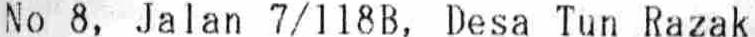
NO 8, JALAN 7/118B, DESA TUN RAZAK